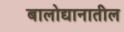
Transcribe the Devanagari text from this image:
बालोद्यानातील